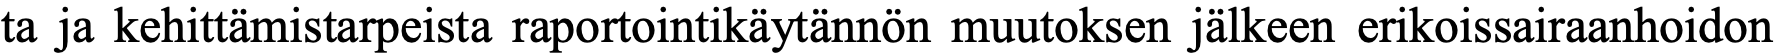
ta ja kehittämistarpeista raportointikäytännön muutoksen jälkeen erikoissairaanhoidon